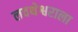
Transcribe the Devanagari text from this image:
लवथेश्वराला